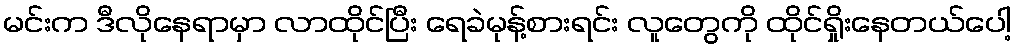
မင်းက ဒီလိုနေရာမှာ လာထိုင်ပြီး ရေခဲမုန့်စားရင်း လူတွေကို ထိုင်ရှိုးနေတယ်ပေါ့